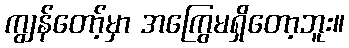
ကျွန်တော့်မှာ အကြွေမရှိတော့ဘူး။